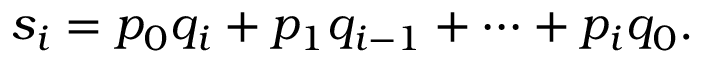
s _ { i } = p _ { 0 } q _ { i } + p _ { 1 } q _ { i - 1 } + \cdots + p _ { i } q _ { 0 } .